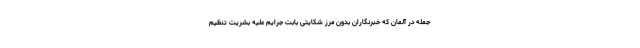
جمله در آلمان که خبرنگاران بدون مرز شکایتی بابت جرایم علیه بشریت تنظیم